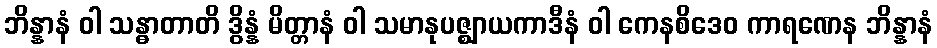
ဘိန္နာနံ ဝါ သန္ဓာတာတိ ဒွိန္နံ မိတ္တာနံ ဝါ သမာနုပဇ္ဈာယကာဒီနံ ဝါ ကေနစိဒေဝ ကာရဏေန ဘိန္နာနံ